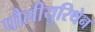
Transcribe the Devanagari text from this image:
पौलीयुरिथेन